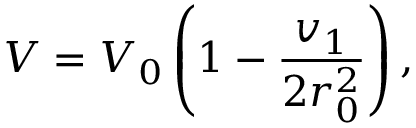
V = V _ { 0 } \left( 1 - { \frac { v _ { 1 } } { 2 r _ { 0 } ^ { 2 } } } \right) ,